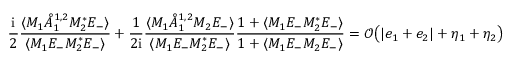
\frac { \mathrm { i } } { 2 } \frac { \langle M _ { 1 } \mathring { A } _ { 1 } ^ { { 1 , 2 } } M _ { 2 } ^ { * } E _ { - } \rangle } { \langle M _ { 1 } E _ { - } M _ { 2 } ^ { * } E _ { - } \rangle } + \frac { 1 } { 2 \mathrm { i } } \frac { \langle M _ { 1 } \mathring { A } _ { 1 } ^ { { 1 , 2 } } M _ { 2 } E _ { - } \rangle } { \langle M _ { 1 } E _ { - } M _ { 2 } ^ { * } E _ { - } \rangle } \frac { 1 + \langle M _ { 1 } E _ { - } M _ { 2 } ^ { * } E _ { - } \rangle } { 1 + \langle M _ { 1 } E _ { - } M _ { 2 } E _ { - } \rangle } = \mathcal { O } \big ( | e _ { 1 } + e _ { 2 } | + \eta _ { 1 } + \eta _ { 2 } \big )